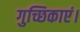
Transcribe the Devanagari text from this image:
गुच्छिकाएं।